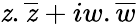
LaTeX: \mathit{z}.{\overline{{{\mathit{z}}}}}+iw.{\overline{{{w}}}}